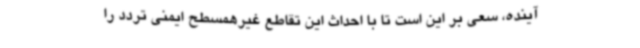
آینده، سعی بر این است تا با احداث این تقاطع غیرهمسطح ایمنی تردد را